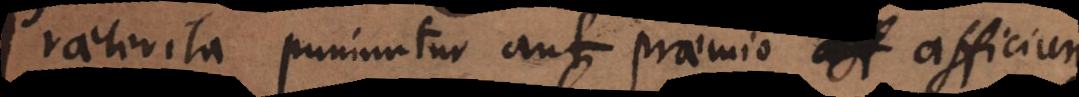
Praeterita puniuntur aut praemio afficiun